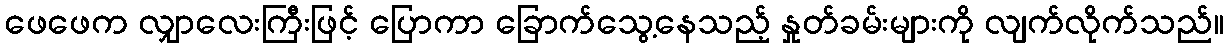
ဖေဖေက လျှာလေးကြီးဖြင့် ပြောကာ ခြောက်သွေ့နေသည့် နှုတ်ခမ်းများကို လျက်လိုက်သည်။